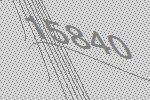
15840